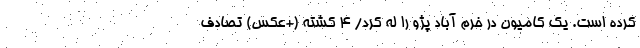
کرده است. یک کامیون در خرم آباد پژو را له کرد/ 4 کشته (+عکس) تصادف